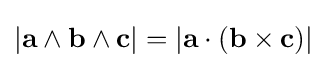
|\mathbf {a} \wedge \mathbf {b} \wedge \mathbf {c} |=|\mathbf {a} \cdot (\mathbf {b} \times \mathbf {c} )|